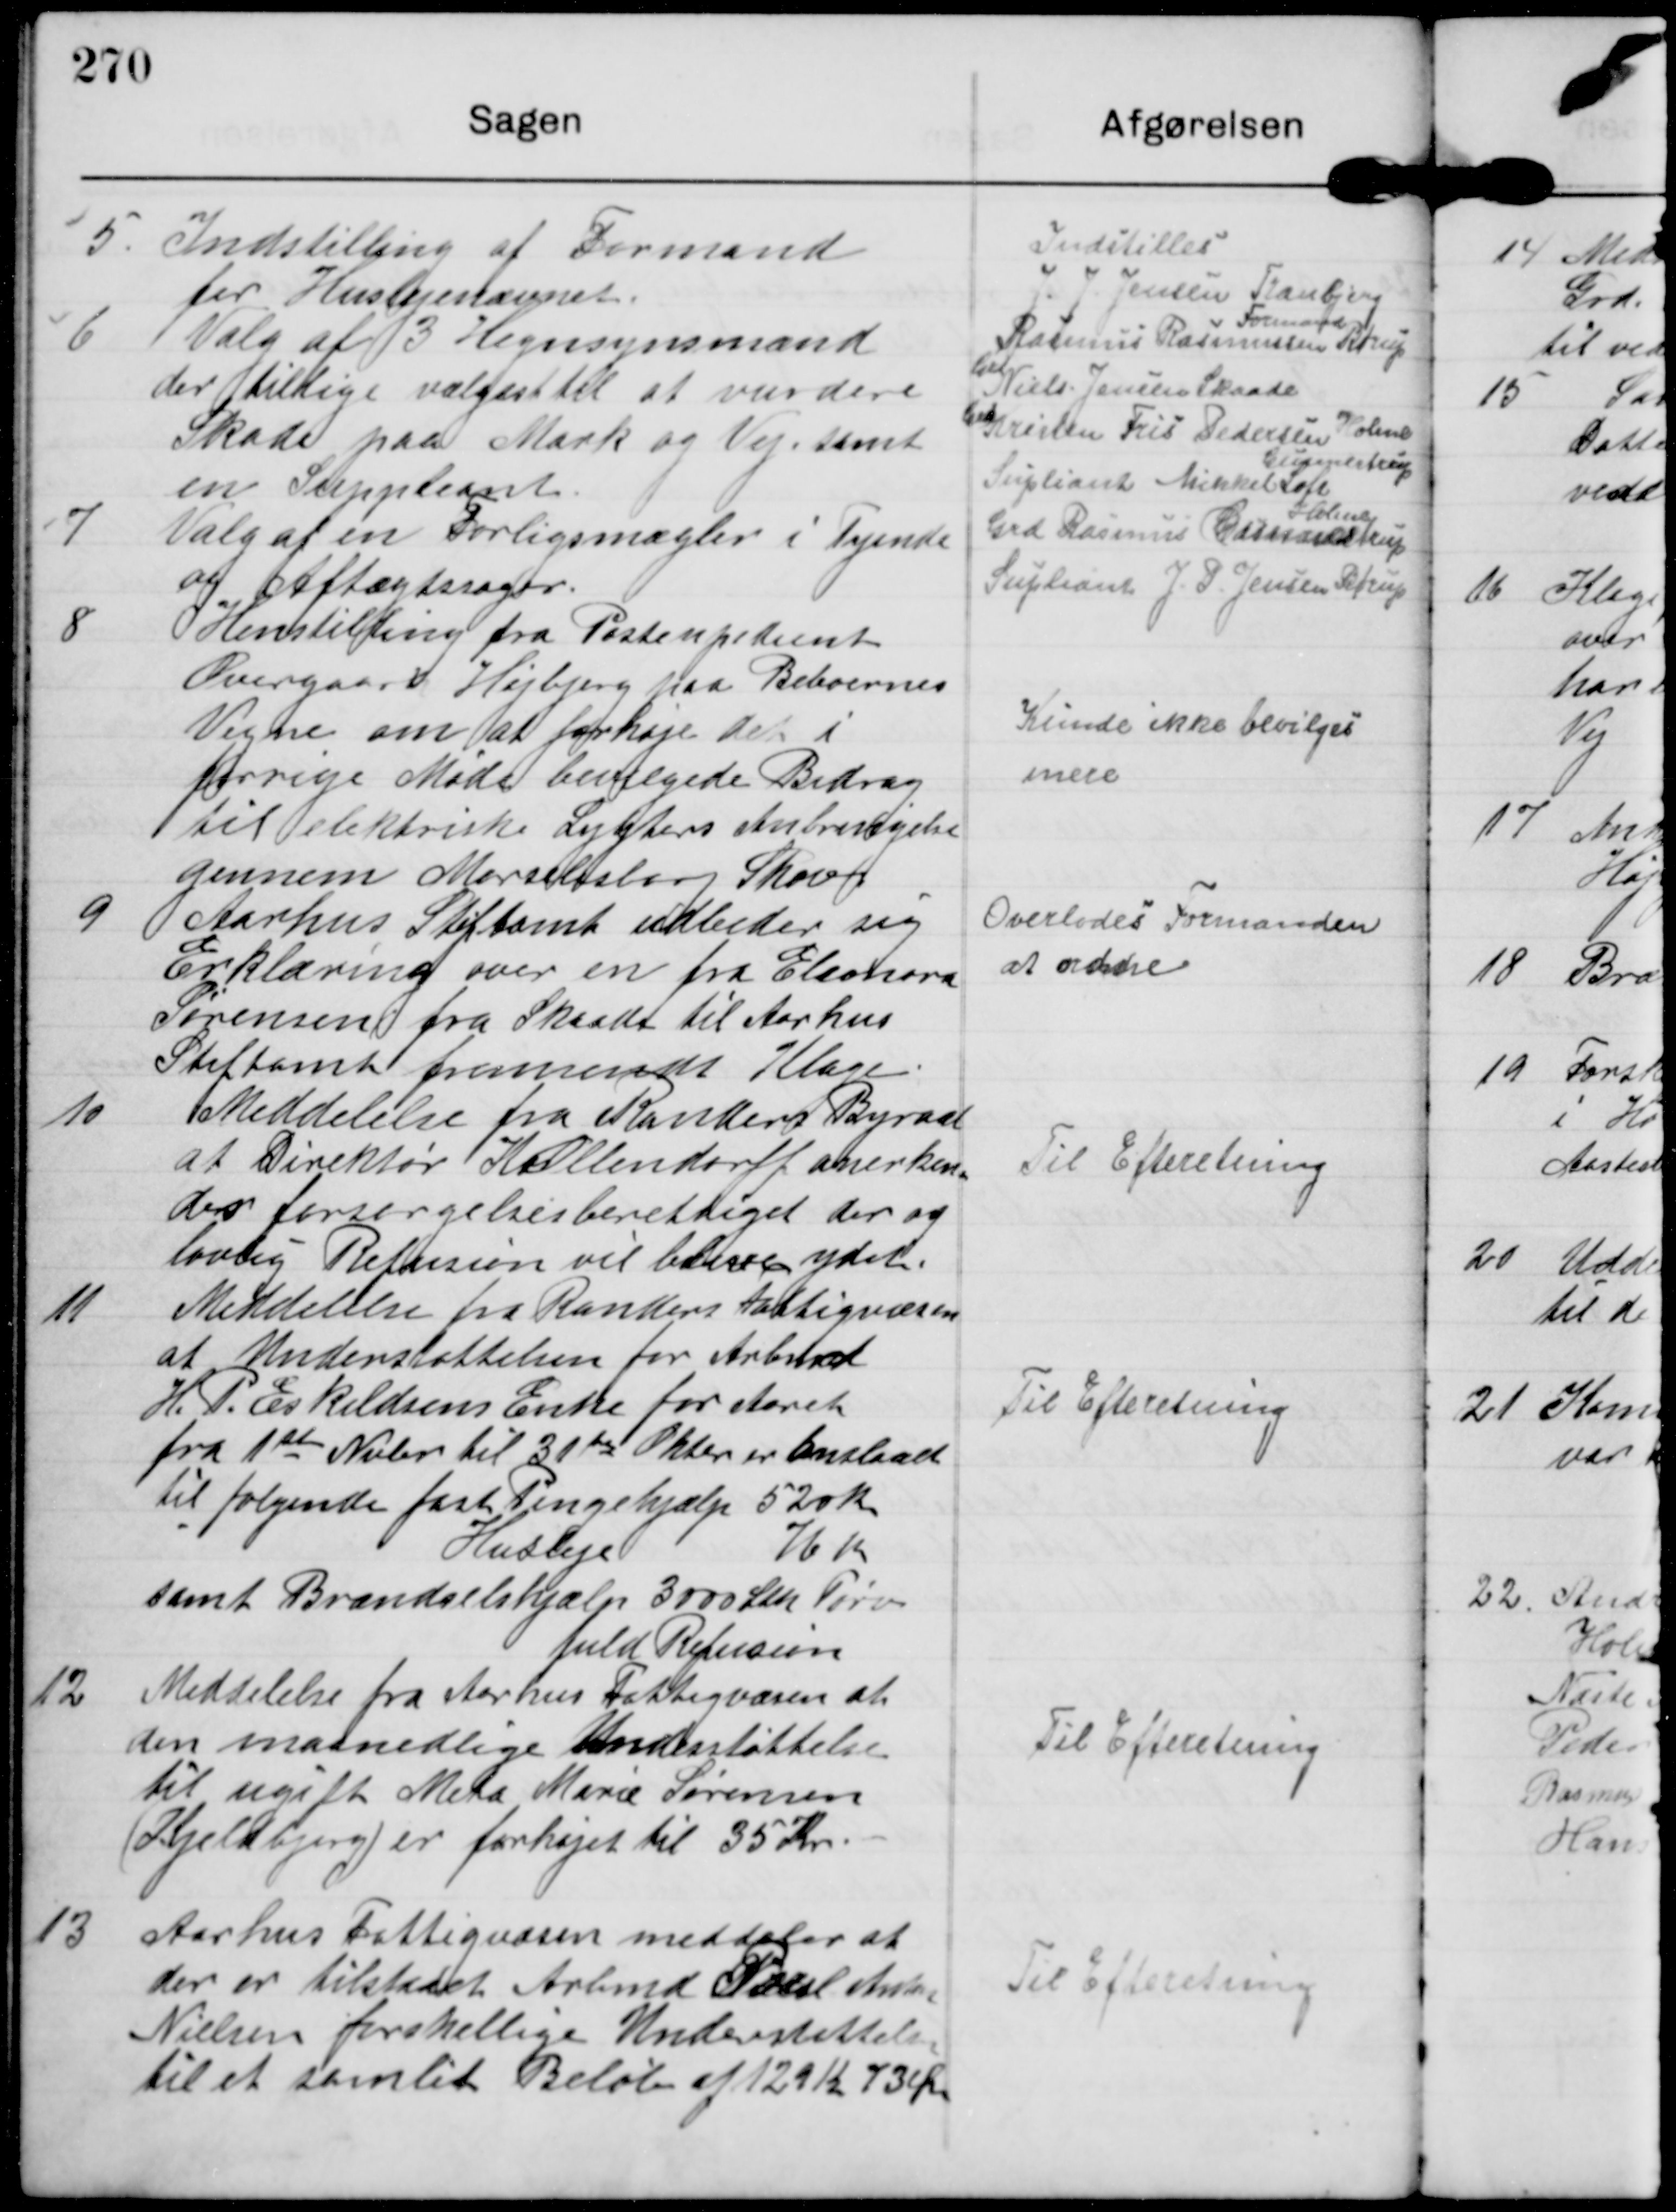
Transskription:
5.

Indstilling af Formand
for Huslejenævnet.

Indstilles
J. J. Jensen Tranbjerg
Formand

6

Valg af 3 Hegnsynsmænd
der tillige vælgest til at vurdere
Skade paa Mark og Vej samt
en Suppleant.
Rasmus Rasmussen Børup
Gdr
Niels Jensen Skaade
Grd
Kristen Fris Pedersen Holme
Supliant Mikkel Loft
Gunnestrup
7   Valg af en Forligsmægler i Tyende
og Aftægtssager.
Grd Rasmus Gunnestrup
Holme
Supliant J P. Jensen Børup

Henstilling fra Postekspedient
Overgaard Højbjerg paa Beboernes
Vegne om at forhøje det i
forrige Møde bevilgede Bidrag
til elektriske Lygters Anbringelse
gennem Marselisborg Skov

Kunde ikke bevilges
mere

9

Aarhus Stiftamt udbeder sig
Erklæring over en fra Eleonora
Sørensen fra Skaade til Aarhus
Stiftamt fremsendt Klage

Overlodes Formanden
at ordne

10

Meddelelse fra Randens Byraad
at Direktør K Ollendorff anerken-
der forsørgelsesberettiget der og
lovlig Refusion vil blive ydet.

Til Efteretning.

11

Meddelelse fra Randens Fattigvæsen
at Understøttelsen for Arbmd
H. P. Eskildsens Enke for Aaret
fra 1ste Nvbr til 31te Oktbr er anslaaet
til følgende fast Pengehjælp 520 Kr.
Husleje 76 Kr
samt BrændselsHjælp 3000 Stk Tørv
fuld Refusion

Til Efteretning.

12

Meddelelse fra Aarhus Fattigvæsen at
den maanedlige Understøttelse
til ugift Meta Marie Sørensen
(Kjeldbjerg) er forhøjet til 35 Kr

Til Efteretning.

13

Aarhus Fattigvæsen meddeler at
der er tilstaaet Arbmd Poul Anton
Nielsen forskellige Understøttels
til et samlet Beløb af 121 Kr 73 Ør.

Til Efteretning